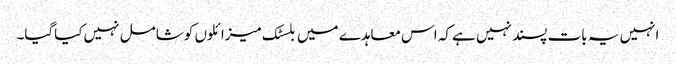
انہیں یہ بات پسند نہیں ہے کہ اس معاہدے میں بلسٹک میزائلوں کو شامل نہیں کیاگیا۔